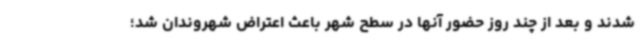
شدند و بعد از چند روز حضور آنها در سطح شهر باعث اعتراض شهروندان شد؛